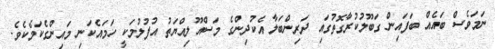
ނަމަވެސް ބައެއް ބަފައިން ގަބޫލުކުރާގޮތުގައި ދަރިންބަލާ އެކުދިންގެ މަސްއޫލިއްޔަތު އުފުލުމަކީ ހަމައެކަނި މައިންގެކަމެކެވެ.